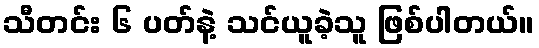
သီတင်း ၆ ပတ်နဲ့ သင်ယူခဲ့သူ ဖြစ်ပါတယ်။